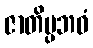
ဇာတိပ္ပဘဝံ